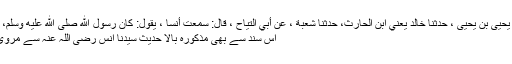
حَدَّثَنَا يَحْيَى بْنُ يَحْيَى ، حَدّثَنَا خَالِدٌ يَعْنِي ابْنَ الْحَارِثِ، حَدَّثَنَا شُعْبَةُ ، عَنْ أَبِي التَّيَّاحِ ، قَالَ: سَمِعْتُ أَنَسًا ، يَقُولُ: كَانَ رَسُولُ اللَّهِ صَلَّى اللَّهُ عَلَيْهِ وَسَلَّمَ، بِمِثْلِهِ.
اس سند سے بھی مذکورہ بالا حدیث سیدنا انس رضی اللہ عنہ سے مروی ہے۔